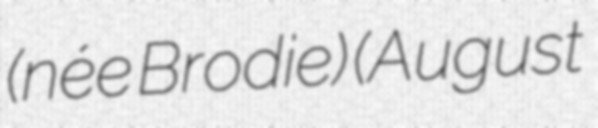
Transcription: (née Brodie) (August